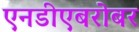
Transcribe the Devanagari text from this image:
एनडीएबरोबर